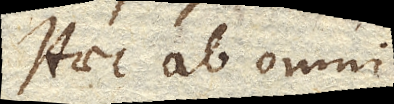
Haec ab omni